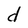
Character: d